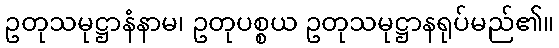
ဥတုသမုဋ္ဌာနံနာမ၊ ဥတုပစ္စယ ဥတုသမုဋ္ဌာနရုပ်မည်၏။